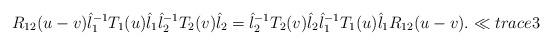
LaTeX: \begin{align*}R_{12}(u-v)\hat l_{1}^{-1} T_{1}(u)\hat l_1\hat l_{2}^{-1} T_{2}(v)\hat l_2=\hat l_{2}^{-1} T_{2}(v)\hat l_2\hat l_{1}^{-1} T_{1}(u)\hat l_1R_{12}(u-v).\ll{trace3}\end{align*}